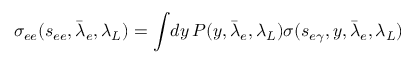
\sigma _ { e e } ( s _ { e e } , \bar { \lambda } _ { e } , \lambda _ { L } ) = \int \! d y \, P ( y , \bar { \lambda } _ { e } , \lambda _ { L } ) \sigma ( s _ { e \gamma } , y , \bar { \lambda } _ { e } , \lambda _ { L } )